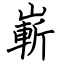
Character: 嶄